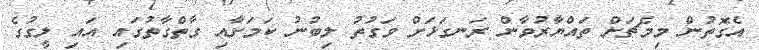
އެގޮތުން މިމެޗަށް ތައްޔާރުވާން ރަނގަޅަށް ވަގުތު ލިބުނު ކަމަށާއި ގާތްގާތުގައި އައި ލީގުގެ